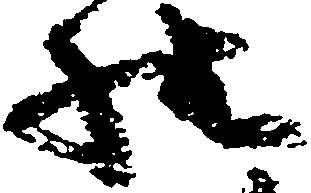
様